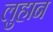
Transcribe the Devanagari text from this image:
लुहान